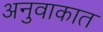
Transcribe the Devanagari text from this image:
अनुवाकात